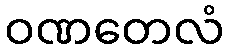
ဝဏတေလံ